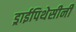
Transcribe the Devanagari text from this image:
ड्राईपिथेसीनी